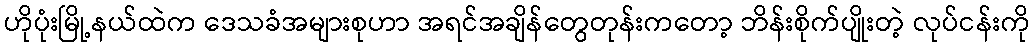
ဟိုပုံးမြို့နယ်ထဲက ဒေသခံအများစုဟာ အရင်အချိန်တွေတုန်းကတော့ ဘိန်းစိုက်ပျိုးတဲ့ လုပ်ငန်းကို